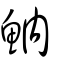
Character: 魶